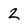
Character: 2